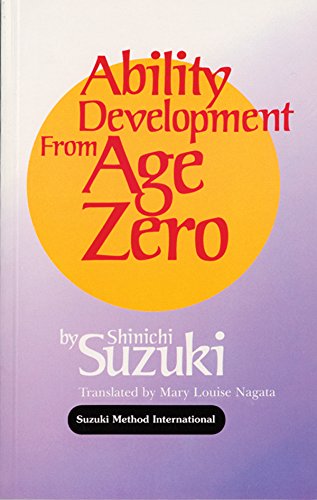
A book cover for Ability Development from Age Zero (Suzuki Method International S); Shinichi Suzuki; Arts & Photography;